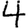
Digit: 4